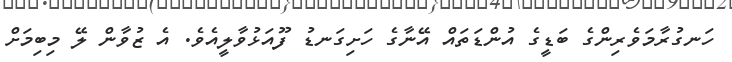
ހަނގުރާމަވެރިންގެ ބަޑީގެ އުންޑަތައް އޭނާގެ ހަށިގަނޑު ފޫއަޅުވާލީއެވެ. އެ ޒުވާން ލޭ މިބިމަށް